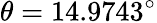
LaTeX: \theta=14.9743^{\circ}